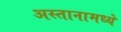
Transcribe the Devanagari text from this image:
अस्तानामध्ये